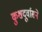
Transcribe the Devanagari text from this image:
कुशदूर्वासने